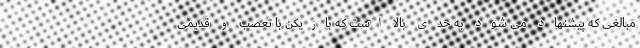
مبالغی که پیشنهاد می شود به حدی بالا است که بازیکن با تعصب و قدیمی